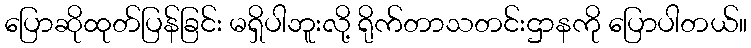
ပြောဆိုထုတ်ပြန်ခြင်း မရှိပါဘူးလို့ ရိုက်တာသတင်းဌာနကို ပြောပါတယ်။